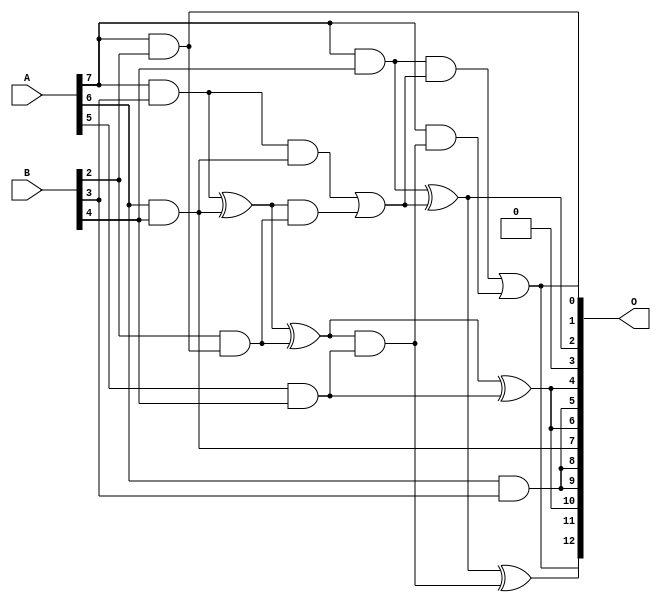
// This program was cloned from: https://github.com/ehw-fit/evoapproxlib
// License: MIT License

/***
* This code is a part of EvoApproxLib library (ehw.fit.vutbr.cz/approxlib) distributed under The MIT License.
* When used, please cite the following article(s): V. Mrazek, L. Sekanina, Z. Vasicek "Libraries of Approximate Circuits: Automated Design and Application in CNN Accelerators" IEEE Journal on Emerging and Selected Topics in Circuits and Systems, Vol 10, No 4, 2020 
* This file contains a circuit from a sub-set of pareto optimal circuits with respect to the pwr and mse parameters
***/
// MAE% = 3.70 %
// MAE = 303 
// WCE% = 13.88 %
// WCE = 1137 
// WCRE% = 115.82 %
// EP% = 96.36 %
// MRE% = 39.67 %
// MSE = 142736 
// PDK45_PWR = 0.014 mW
// PDK45_AREA = 51.6 um2
// PDK45_DELAY = 0.34 ns

module mul8x5u_13N (
    A,
    B,
    O
);

input [7:0] A;
input [4:0] B;
output [12:0] O;

wire sig_41,sig_50,sig_93,sig_130,sig_134,sig_136,sig_142,sig_167,sig_168,sig_169,sig_170,sig_171,sig_182,sig_183,sig_184,sig_185,sig_196,sig_197,sig_208;

assign sig_41 = A[7] & B[2];
assign sig_50 = B[2] & sig_41;
assign sig_93 = A[7] & B[3];
assign sig_130 = A[6] & B[4];
assign sig_134 = A[5] & B[4];
assign sig_136 = A[7] & B[4];
assign sig_142 = A[6] & B[3];
assign sig_167 = sig_93 ^ sig_130;
assign sig_168 = sig_93 & sig_130;
assign sig_169 = sig_167 & sig_50;
assign sig_170 = sig_167 ^ sig_50;
assign sig_171 = sig_168 | sig_169;
assign sig_182 = sig_170 & sig_134;
assign sig_183 = sig_170 ^ sig_134;
assign sig_184 = sig_136 & sig_171;
assign sig_185 = sig_136 ^ sig_171;
assign sig_196 = A[7] & sig_182;
assign sig_197 = sig_185 ^ sig_182;
assign sig_208 = sig_184 | sig_196;

assign O[12] = sig_208;
assign O[11] = sig_197;
assign O[10] = sig_183;
assign O[9] = sig_142;
assign O[8] = sig_142;
assign O[7] = sig_130;
assign O[6] = sig_183;
assign O[5] = sig_142;
assign O[4] = sig_183;
assign O[3] = 1'b0;
assign O[2] = sig_185;
assign O[1] = sig_208;
assign O[0] = sig_41;

endmodule